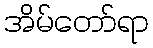
အိမ်တော်ရာ